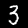
Label: 3